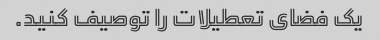
یک فضای تعطیلات را توصیف کنید.